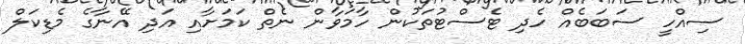
ސިއްހީ ސަބަބެއް ހެދި ޓެސްޓުތަކުން ހާމަވާން ނެތް ކަމަށާއި އަދި އޭނާގެ މެޑިކަލް